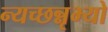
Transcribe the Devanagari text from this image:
न्यच्छन्नृभ्यो